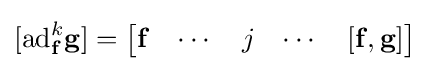
[\mathrm {ad} _{\mathbf {f} }^{k}\mathbf {\mathbf {g} } ]={\begin{bmatrix}\mathbf {f} &\cdots &j&\cdots &\mathbf {[\mathbf {f} ,\mathbf {g} ]} \end{bmatrix}}